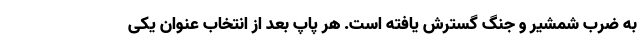
به ضرب شمشیر و جنگ گسترش یافته است. هر پاپ بعد از انتخاب عنوان یکی